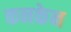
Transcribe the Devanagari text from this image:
कनकेन